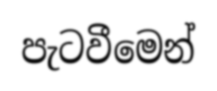
පැටවීමෙන්